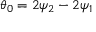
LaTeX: \theta _ { 0 } = 2 \psi _ { 2 } - 2 \psi _ { 1 }